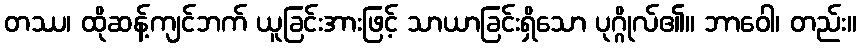
တဿ၊ ထိုဆန့်ကျင်ဘက် ယူခြင်းအားဖြင့် သာယာခြင်းရှိသော ပုဂ္ဂိုလ်၏။ ဘာဝေါ၊ တည်း။